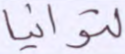
لتوانيا